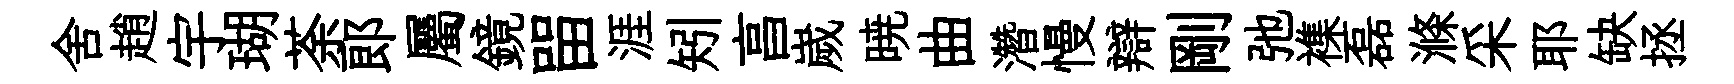
舍趙宇瑚荼郎屬鏡㽞涯矧亯嵗暁曲濳慢辯剛弛襍磊滌采耶缺拯